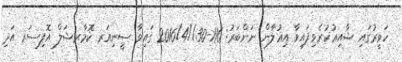
ހަވީރުގައި ޝާއިޢުކުރެވިފައިވާ އިޢުލާން ނަންބަރު: 116-30//2016/4 ގައިވާ ސީނިއަރ ކޮމާރޝަލް އޮފިސަރ އަދި